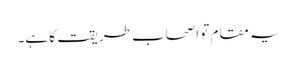
یہ مقام تو اصحاب طریقت کا ہے۔